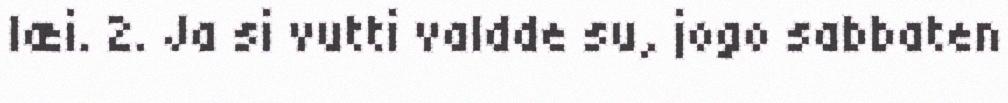
læi. 2. Ja si vutti valdde su, jogo sabbaten